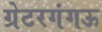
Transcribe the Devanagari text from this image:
ग्रेटरगंगऊ